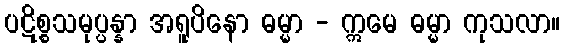
ပဋိစ္စသမုပ္ပန္နာ အရူပိနော ဓမ္မာ - ဣမေ ဓမ္မာ ကုသလာ။